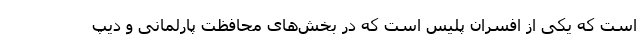
است که یکی از افسران پلیس است که در بخش‌های محافظت پارلمانی و دیپ